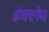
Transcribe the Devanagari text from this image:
इंक्लेव